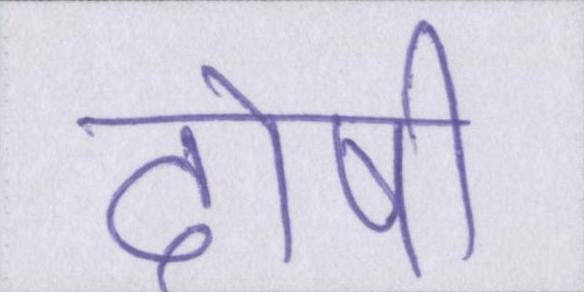
दोषी